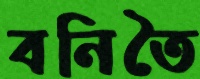
বনিতৈ